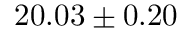
2 0 . 0 3 \pm 0 . 2 0